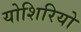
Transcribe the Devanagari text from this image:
योशिरियो